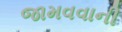
જામવવાની